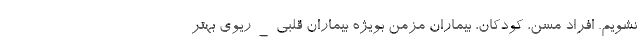
نشویم. افراد مسن، کودکان، بیماران مزمن بویژه بیماران قلبی_ریوی بهتر